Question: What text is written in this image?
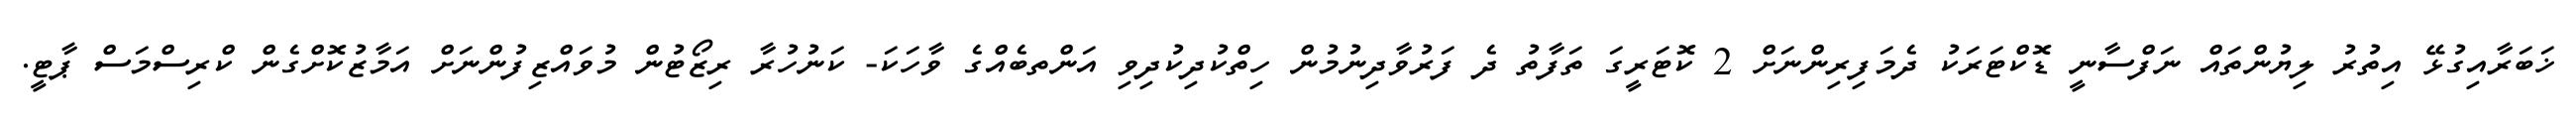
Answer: ޚަބަރާއިގުޅޭ އިތުރު ލިޔުންތައް ނަފްސާނީ ޑޮކްޓަރަކު ދެމަފިރިންނަށް 2 ކޮޓަރީގަ ތަފާތު ދެ ފަރުވާދިނުމުން ހިތްކުދިކުދިވި އަންތބެއްގެ ވާހަކަ- ކަނުހުރާ ރިޒޯޓުން މުވައްޒިފުންނަށް އަމާޒުކޮށްގެން ކްރިސްމަސް ޕާޓީ.